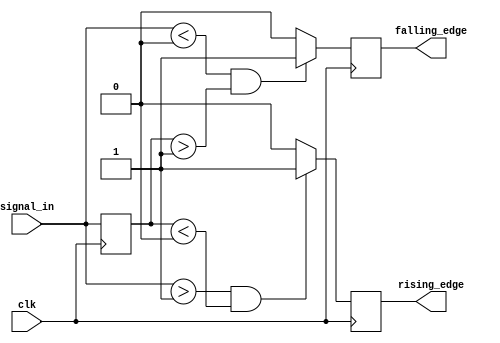
module schmitt_trigger_edge_detector (
    input wire clk,                // Clock input
    input wire signal_in,          // Input signal to be monitored
    output reg rising_edge,        // Rising edge detected output
    output reg falling_edge        // Falling edge detected output
);

    // Parameters for threshold levels
    parameter Vth_high = 1'b1;     // Upper threshold for high
    parameter Vth_low = 1'b0;      // Lower threshold for low

    // Memory block to hold the previous state of the input signal
    reg prev_state;

    // Initial state
    initial begin
        prev_state = Vth_low;      // Initialize previous state to low
        rising_edge = 1'b0;        // Initialize rising edge output
        falling_edge = 1'b0;       // Initialize falling edge output
    end

    // Edge detection logic
    always @(posedge clk) begin
        // Reset edge outputs
        rising_edge <= 1'b0;
        falling_edge <= 1'b0;

        // Check for rising edge
        if (signal_in > Vth_high && prev_state < Vth_low) begin
            rising_edge <= 1'b1;     // Rising edge detected
        end

        // Check for falling edge
        if (signal_in < Vth_low && prev_state > Vth_high) begin
            falling_edge <= 1'b1;    // Falling edge detected
        end

        // Update previous state
        prev_state <= signal_in;     // Store current state for next clock cycle
    end

endmodule